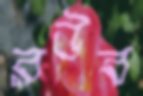
রউব